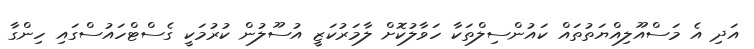
އަދި އެ މަސްއޫލިއްޔަތުތައް ކައުންސިލްތަކާ ހަވާލުކޮށް ލާމަރުކަޒީ އުސޫލުން ކުރުމަކީ ގެސްޓްހައުސްގައި ހިންގާ